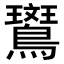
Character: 𬷱